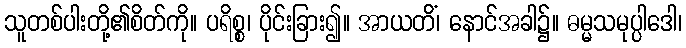
သူတစ်ပါးတို့၏စိတ်ကို။ ပရိစ္စ၊ ပိုင်းခြား၍။ အာယတိံ၊ နောင်အခါ၌။ ဓမ္မသမုပ္ပါဒေါ၊